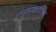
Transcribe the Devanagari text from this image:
परमुलखातदेखील